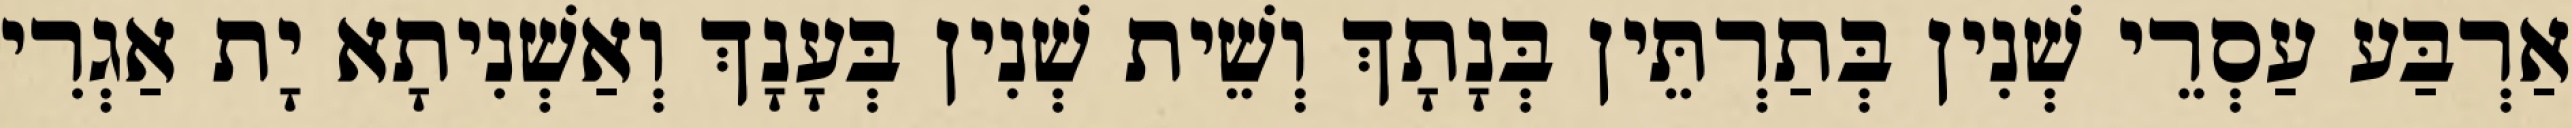
אַרְבַּע עַסְרֵי שְׁנִין בְּתַרְתֵּין בְּנָתָךְ וְשֵׁית שְׁנִין בְּעָנָךְ וְאַשְׁנִיתָא יָת אַגְרִי